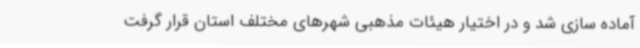
آماده سازی شد و در اختیار هیئات مذهبی شهرهای مختلف استان قرار گرفت